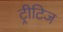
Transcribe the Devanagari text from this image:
ट्रीटिज